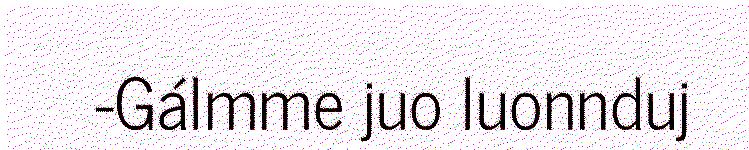
-Gálmme juo luonnduj